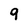
Character: 9